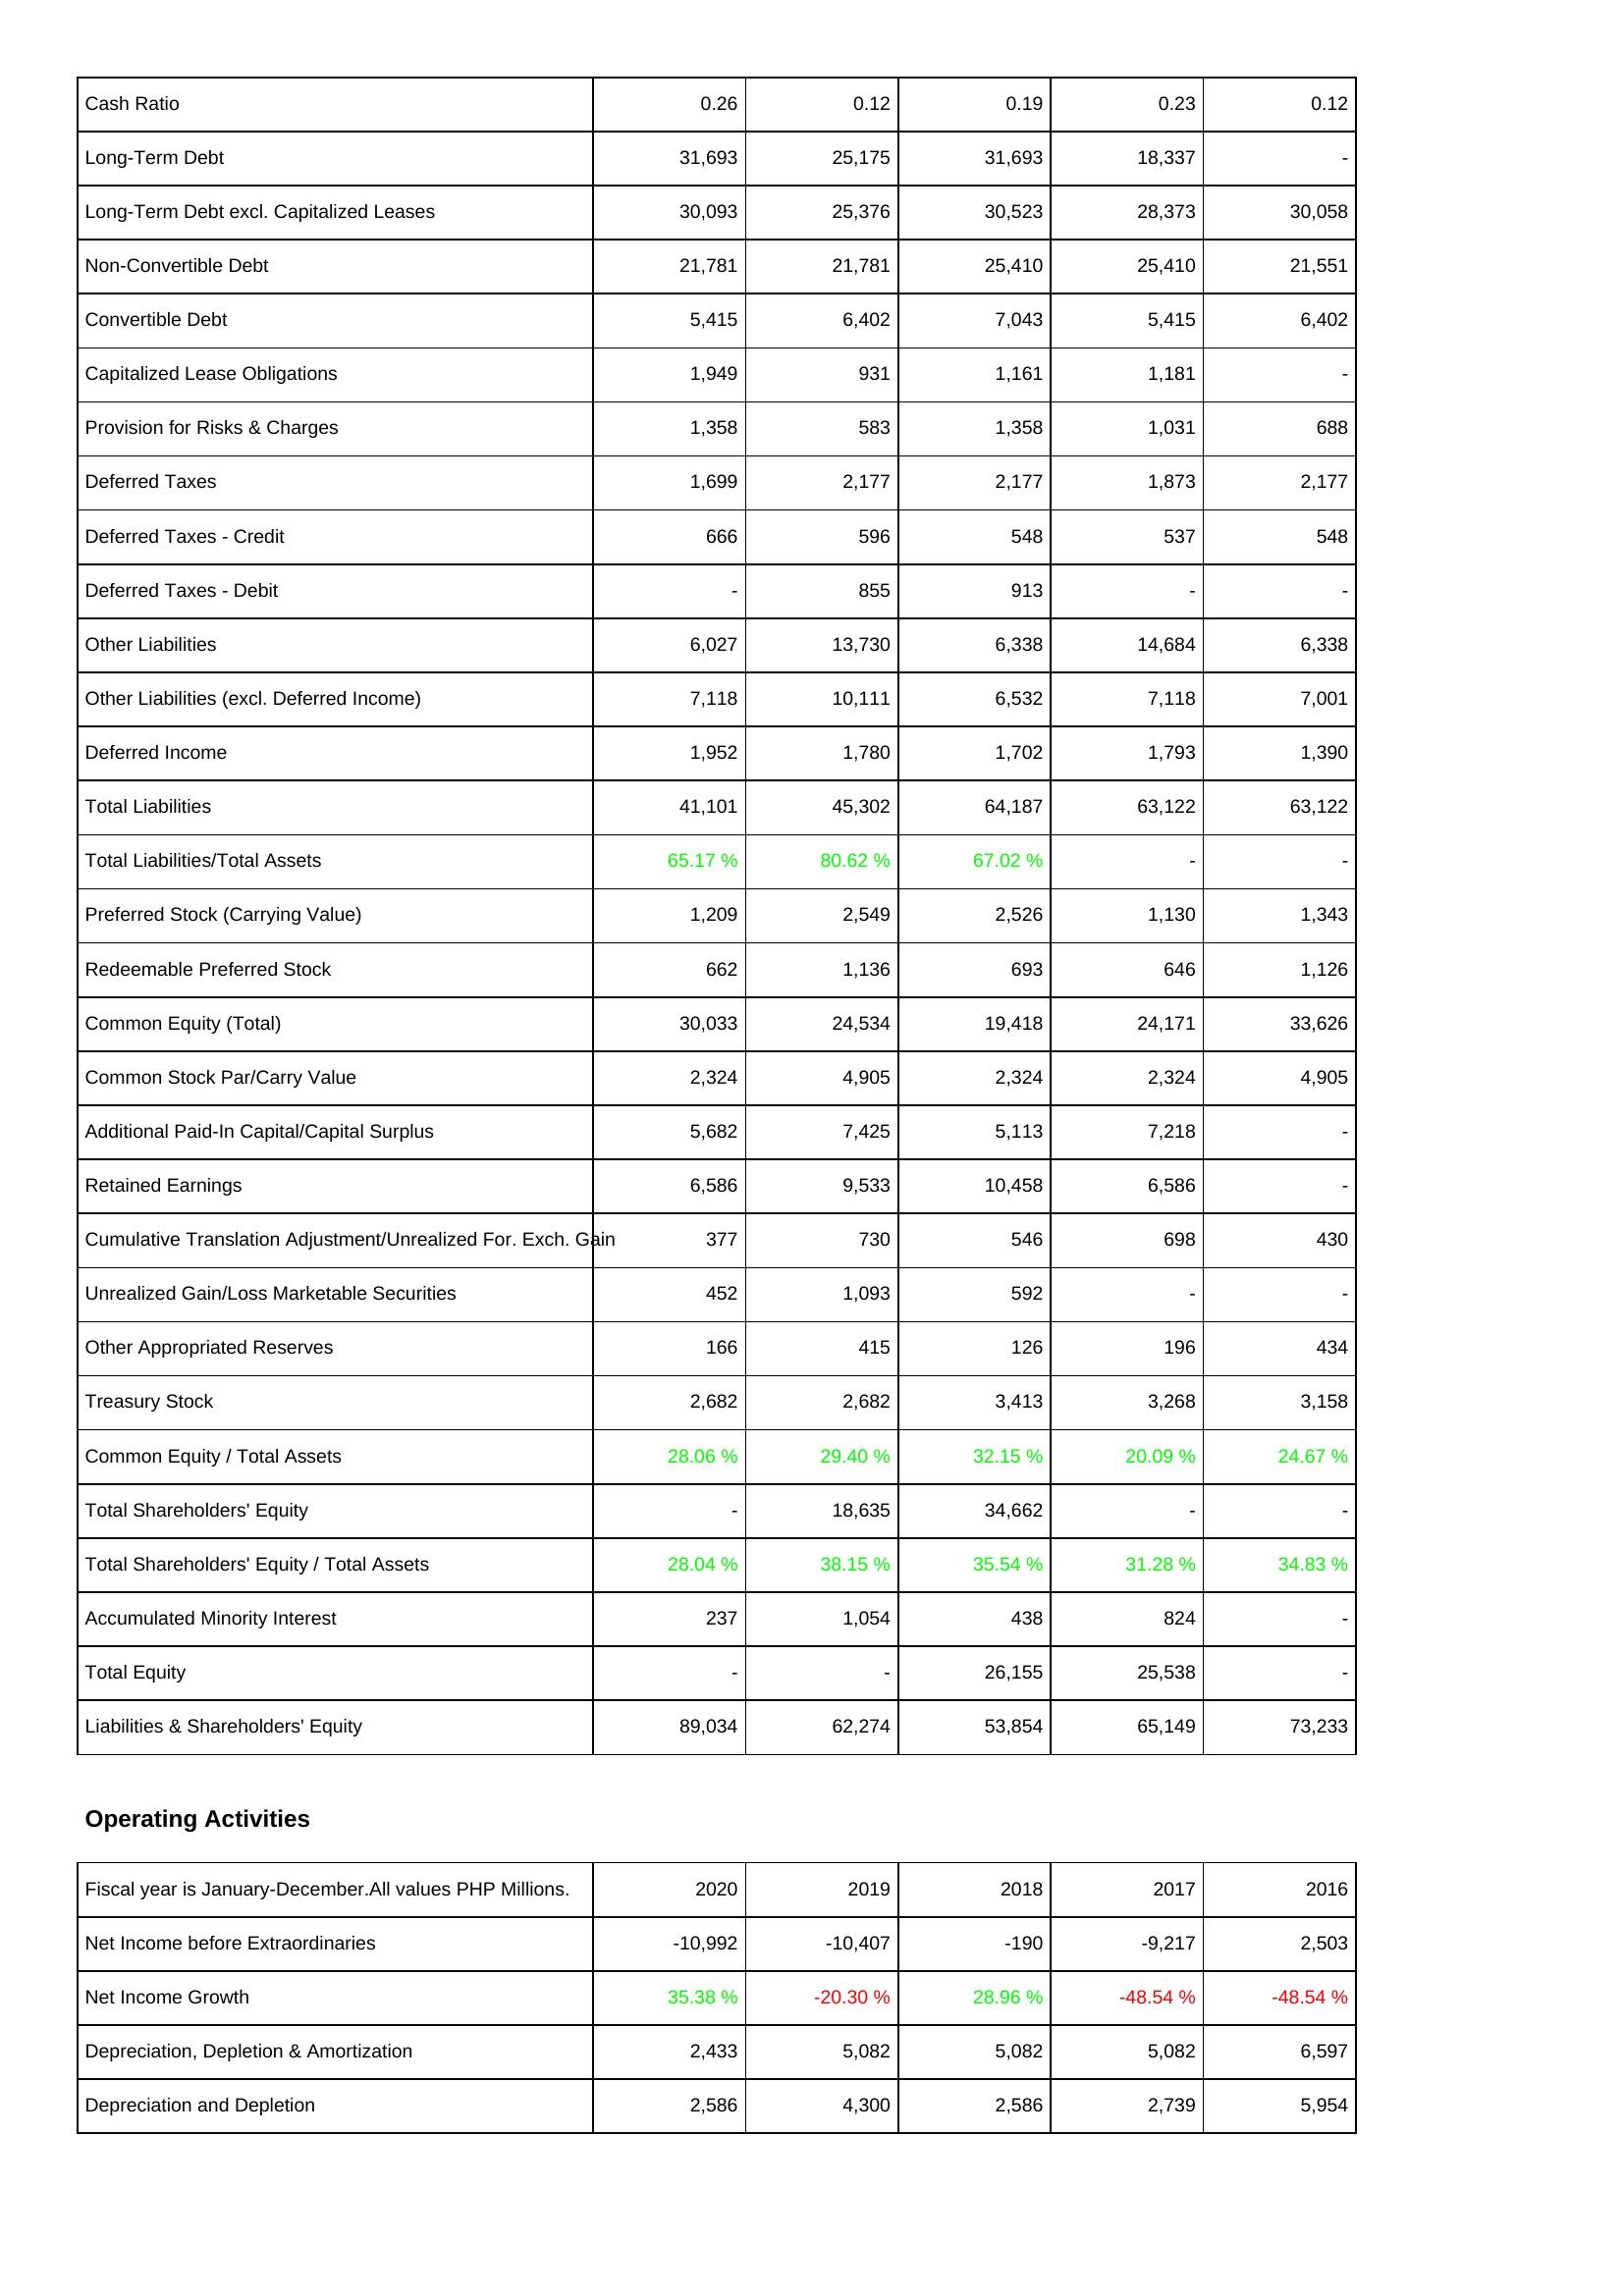
2020: Liabilities & Shareholders' Equity: Cash Ratio: 0.26
Long-Term Debt: 31,693
Long-Term Debt excl. Capitalized Leases: 30,093
Non-Convertible Debt: 21,781
Convertible Debt: 5,415
Capitalized Lease Obligations: 1,949
Provision for Risks & Charges: 1,358
Deferred Taxes: 1,699
Deferred Taxes - Credit: 666
Deferred Taxes - Debit: -
Other Liabilities: 6,027
Other Liabilities (excl. Deferred Income): 7,118
Deferred Income: 1,952
Total Liabilities: 41,101
Total Liabilities/Total Assets: 65.17 %
Preferred Stock (Carrying Value): 1,209
Redeemable Preferred Stock: 662
Common Equity (Total): 30,033
Common Stock Par/Carry Value: 2,324
Additional Paid-In Capital/Capital Surplus: 5,682
Retained Earnings: 6,586
Cumulative Translation Adjustment/Unrealized For. Exch. Gain: 377
Unrealized Gain/Loss Marketable Securities: 452
Other Appropriated Reserves: 166
Treasury Stock: 2,682
Common Equity / Total Assets: 28.06 %
Total Shareholders' Equity: -
Total Shareholders' Equity / Total Assets: 28.04 %
Accumulated Minority Interest: 237
Total Equity: -
Liabilities & Shareholders' Equity: 89,034
Operating Activities: Net Income before Extraordinaries: -10,992
Net Income Growth: 35.38 %
Depreciation, Depletion & Amortization: 2,433
Depreciation and Depletion: 2,586
2019: Liabilities & Shareholders' Equity: Cash Ratio: 0.12
Long-Term Debt: 25,175
Long-Term Debt excl. Capitalized Leases: 25,376
Non-Convertible Debt: 21,781
Convertible Debt: 6,402
Capitalized Lease Obligations: 931
Provision for Risks & Charges: 583
Deferred Taxes: 2,177
Deferred Taxes - Credit: 596
Deferred Taxes - Debit: 855
Other Liabilities: 13,730
Other Liabilities (excl. Deferred Income): 10,111
Deferred Income: 1,780
Total Liabilities: 45,302
Total Liabilities/Total Assets: 80.62 %
Preferred Stock (Carrying Value): 2,549
Redeemable Preferred Stock: 1,136
Common Equity (Total): 24,534
Common Stock Par/Carry Value: 4,905
Additional Paid-In Capital/Capital Surplus: 7,425
Retained Earnings: 9,533
Cumulative Translation Adjustment/Unrealized For. Exch. Gain: 730
Unrealized Gain/Loss Marketable Securities: 1,093
Other Appropriated Reserves: 415
Treasury Stock: 2,682
Common Equity / Total Assets: 29.40 %
Total Shareholders' Equity: 18,635
Total Shareholders' Equity / Total Assets: 38.15 %
Accumulated Minority Interest: 1,054
Total Equity: -
Liabilities & Shareholders' Equity: 62,274
Operating Activities: Net Income before Extraordinaries: -10,407
Net Income Growth: -20.30 %
Depreciation, Depletion & Amortization: 5,082
Depreciation and Depletion: 4,300
2018: Liabilities & Shareholders' Equity: Cash Ratio: 0.19
Long-Term Debt: 31,693
Long-Term Debt excl. Capitalized Leases: 30,523
Non-Convertible Debt: 25,410
Convertible Debt: 7,043
Capitalized Lease Obligations: 1,161
Provision for Risks & Charges: 1,358
Deferred Taxes: 2,177
Deferred Taxes - Credit: 548
Deferred Taxes - Debit: 913
Other Liabilities: 6,338
Other Liabilities (excl. Deferred Income): 6,532
Deferred Income: 1,702
Total Liabilities: 64,187
Total Liabilities/Total Assets: 67.02 %
Preferred Stock (Carrying Value): 2,526
Redeemable Preferred Stock: 693
Common Equity (Total): 19,418
Common Stock Par/Carry Value: 2,324
Additional Paid-In Capital/Capital Surplus: 5,113
Retained Earnings: 10,458
Cumulative Translation Adjustment/Unrealized For. Exch. Gain: 546
Unrealized Gain/Loss Marketable Securities: 592
Other Appropriated Reserves: 126
Treasury Stock: 3,413
Common Equity / Total Assets: 32.15 %
Total Shareholders' Equity: 34,662
Total Shareholders' Equity / Total Assets: 35.54 %
Accumulated Minority Interest: 438
Total Equity: 26,155
Liabilities & Shareholders' Equity: 53,854
Operating Activities: Net Income before Extraordinaries: -190
Net Income Growth: 28.96 %
Depreciation, Depletion & Amortization: 5,082
Depreciation and Depletion: 2,586
2017: Liabilities & Shareholders' Equity: Cash Ratio: 0.23
Long-Term Debt: 18,337
Long-Term Debt excl. Capitalized Leases: 28,373
Non-Convertible Debt: 25,410
Convertible Debt: 5,415
Capitalized Lease Obligations: 1,181
Provision for Risks & Charges: 1,031
Deferred Taxes: 1,873
Deferred Taxes - Credit: 537
Deferred Taxes - Debit: -
Other Liabilities: 14,684
Other Liabilities (excl. Deferred Income): 7,118
Deferred Income: 1,793
Total Liabilities: 63,122
Total Liabilities/Total Assets: -
Preferred Stock (Carrying Value): 1,130
Redeemable Preferred Stock: 646
Common Equity (Total): 24,171
Common Stock Par/Carry Value: 2,324
Additional Paid-In Capital/Capital Surplus: 7,218
Retained Earnings: 6,586
Cumulative Translation Adjustment/Unrealized For. Exch. Gain: 698
Unrealized Gain/Loss Marketable Securities: -
Other Appropriated Reserves: 196
Treasury Stock: 3,268
Common Equity / Total Assets: 20.09 %
Total Shareholders' Equity: -
Total Shareholders' Equity / Total Assets: 31.28 %
Accumulated Minority Interest: 824
Total Equity: 25,538
Liabilities & Shareholders' Equity: 65,149
Operating Activities: Net Income before Extraordinaries: -9,217
Net Income Growth: -48.54 %
Depreciation, Depletion & Amortization: 5,082
Depreciation and Depletion: 2,739
2016: Liabilities & Shareholders' Equity: Cash Ratio: 0.12
Long-Term Debt: -
Long-Term Debt excl. Capitalized Leases: 30,058
Non-Convertible Debt: 21,551
Convertible Debt: 6,402
Capitalized Lease Obligations: -
Provision for Risks & Charges: 688
Deferred Taxes: 2,177
Deferred Taxes - Credit: 548
Deferred Taxes - Debit: -
Other Liabilities: 6,338
Other Liabilities (excl. Deferred Income): 7,001
Deferred Income: 1,390
Total Liabilities: 63,122
Total Liabilities/Total Assets: -
Preferred Stock (Carrying Value): 1,343
Redeemable Preferred Stock: 1,126
Common Equity (Total): 33,626
Common Stock Par/Carry Value: 4,905
Additional Paid-In Capital/Capital Surplus: -
Retained Earnings: -
Cumulative Translation Adjustment/Unrealized For. Exch. Gain: 430
Unrealized Gain/Loss Marketable Securities: -
Other Appropriated Reserves: 434
Treasury Stock: 3,158
Common Equity / Total Assets: 24.67 %
Total Shareholders' Equity: -
Total Shareholders' Equity / Total Assets: 34.83 %
Accumulated Minority Interest: -
Total Equity: -
Liabilities & Shareholders' Equity: 73,233
Operating Activities: Net Income before Extraordinaries: 2,503
Net Income Growth: -48.54 %
Depreciation, Depletion & Amortization: 6,597
Depreciation and Depletion: 5,954